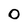
Character: 0